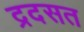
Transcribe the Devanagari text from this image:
द्रदसत